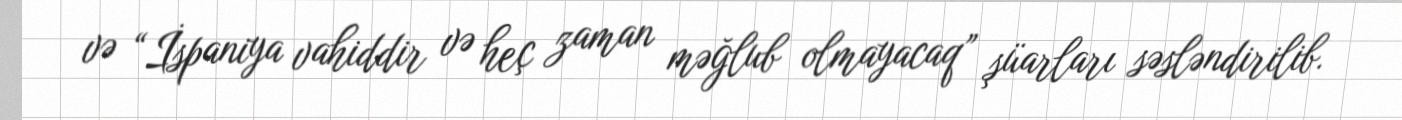
və “İspaniya vahiddir və heç zaman məğlub olmayacaq” şüarları səsləndirilib.